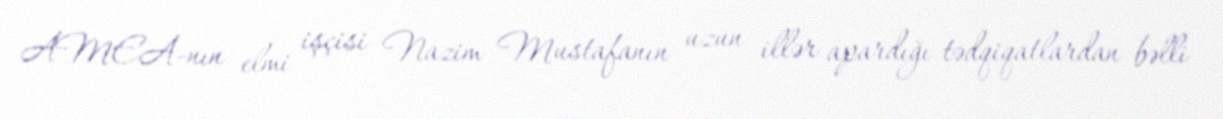
AMEA-nın elmi işçisi Nazim Mustafanın uzun illər apardığı tədqiqatlardan bəlli